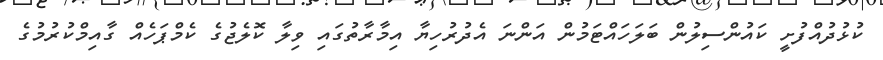
ކުޅުދުއްފުށީ ކައުންސިލުން ބަލަހައްޓަމުން އަންނަ އެދުރުހިޔާ އިމާރާތުގައި ވިލާ ކޮލެޖުގެ ކެމްޕަހެއް ގާއިމްކުރުމުގެ